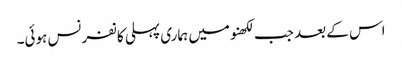
اس کے بعد جب لکھنومیں ہماری پہلی کانفرنس ہوئی۔